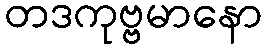
တဒကုဗ္ဗမာနော